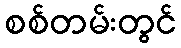
စစ်တမ်းတွင်